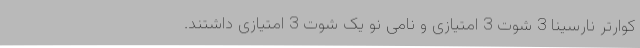
کوارتر نارسینا 3 شوت 3 امتیازی و نامی نو یک شوت 3 امتیازی داشتند.